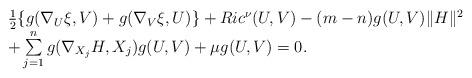
LaTeX: \begin{align*}\begin{array}{ll}\frac{1}{2} \{g(\nabla_U \xi, V) + g(\nabla_V \xi, U)\} + Ric^\nu (U, V) - (m-n)g(U, V)\|H\|^2 \\+ \sum\limits_{j=1}^{n} g(\nabla_{X_j}H, X_j) g(U, V) + \mu g(U,V) = 0.\end{array}\end{align*}